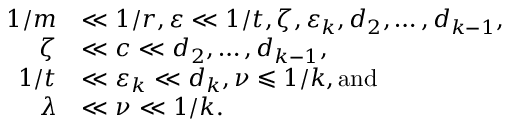
\begin{array} { r l } { 1 / m } & { \ll 1 / r , \varepsilon \ll 1 / t , \zeta , \varepsilon _ { k } , d _ { 2 } , \dots , d _ { k - 1 } , } \\ { \zeta } & { \ll c \ll d _ { 2 } , \dots , d _ { k - 1 } , } \\ { 1 / t } & { \ll \varepsilon _ { k } \ll d _ { k } , \nu \leqslant 1 / k , \mathrm { a n d } } \\ { \lambda } & { \ll \nu \ll 1 / k . } \end{array}